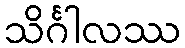
သိင်္ဂါလဿ